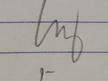
Signature authenticity: genuine